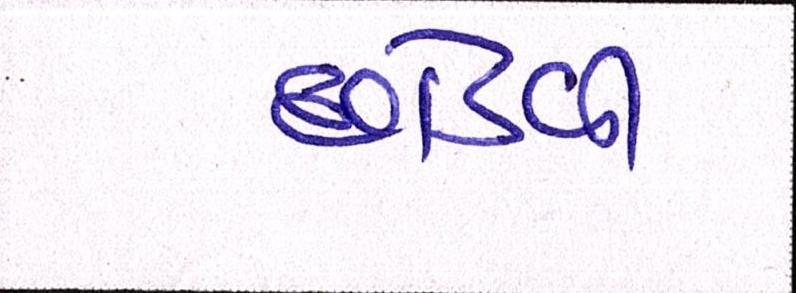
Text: છોડવી